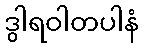
ဒွါရဝါတပါနံ